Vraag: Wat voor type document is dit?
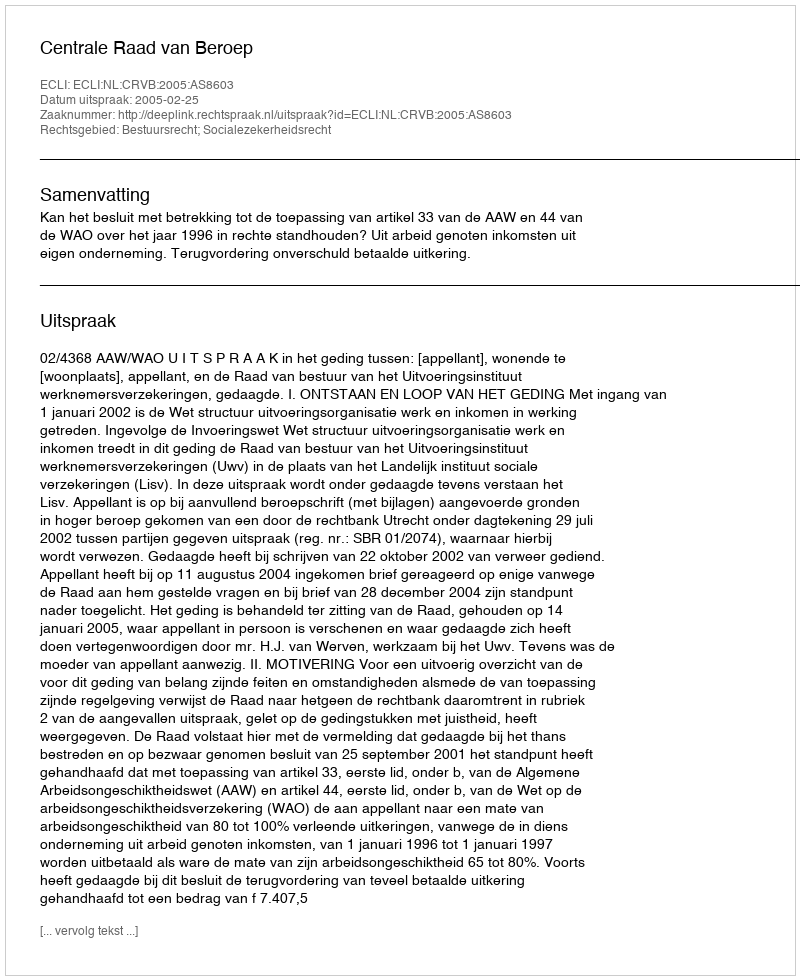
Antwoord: Uitspraak